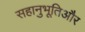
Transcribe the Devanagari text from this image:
सहानुभूतिऔर